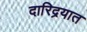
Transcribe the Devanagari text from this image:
दारिद्रयात